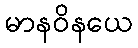
မာနဝိနယေ